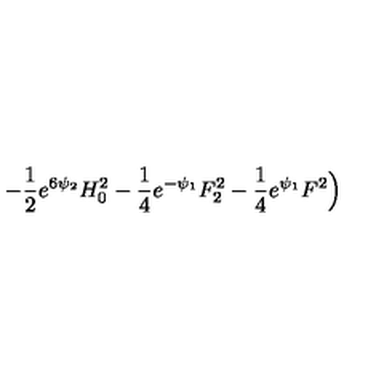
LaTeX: - \frac { 1 } { 2 } e ^ { 6 \psi _ { 2 } } H _ { 0 } ^ { 2 } - \frac { 1 } { 4 } e ^ { - \psi _ { 1 } } F _ { 2 } ^ { 2 } - \frac { 1 } { 4 } e ^ { \psi _ { 1 } } F ^ { 2 } \Big )